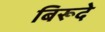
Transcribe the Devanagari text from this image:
बिरूदे